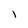
Character: l